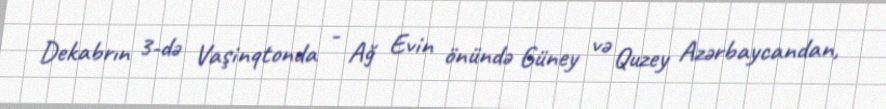
Dekabrın 3-də Vaşinqtonda - Ağ Evin önündə Güney və Quzey Azərbaycandan,